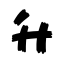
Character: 升